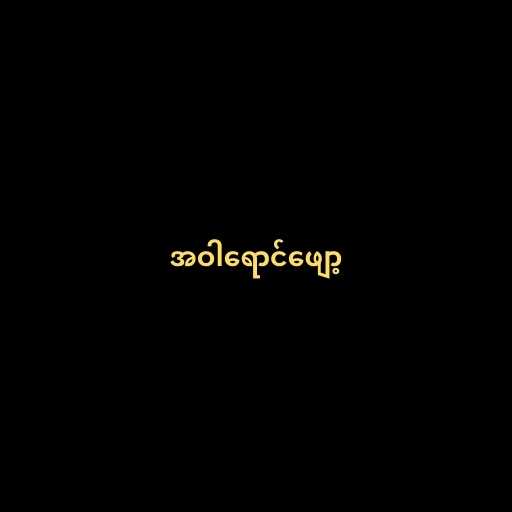
အဝါရောင်ဖျော့